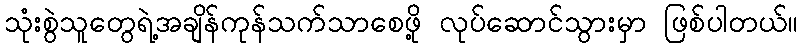
သုံးစွဲသူတွေရဲ့အချိန်ကုန်သက်သာစေဖို့ လုပ်ဆောင်သွားမှာ ဖြစ်ပါတယ်။